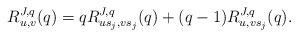
\begin{align*}R_{u,v}^{J,q}(q)=qR_{us_j,vs_j}^{J,q}(q)+(q-1)R_{u,vs_j}^{J,q}(q).\end{align*}